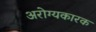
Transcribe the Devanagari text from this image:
अरोग्यकारक